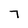
Character: 7